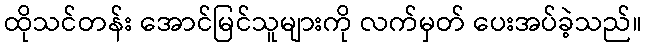
ထိုသင်တန်း အောင်မြင်သူများကို လက်မှတ် ပေးအပ်ခဲ့သည်။